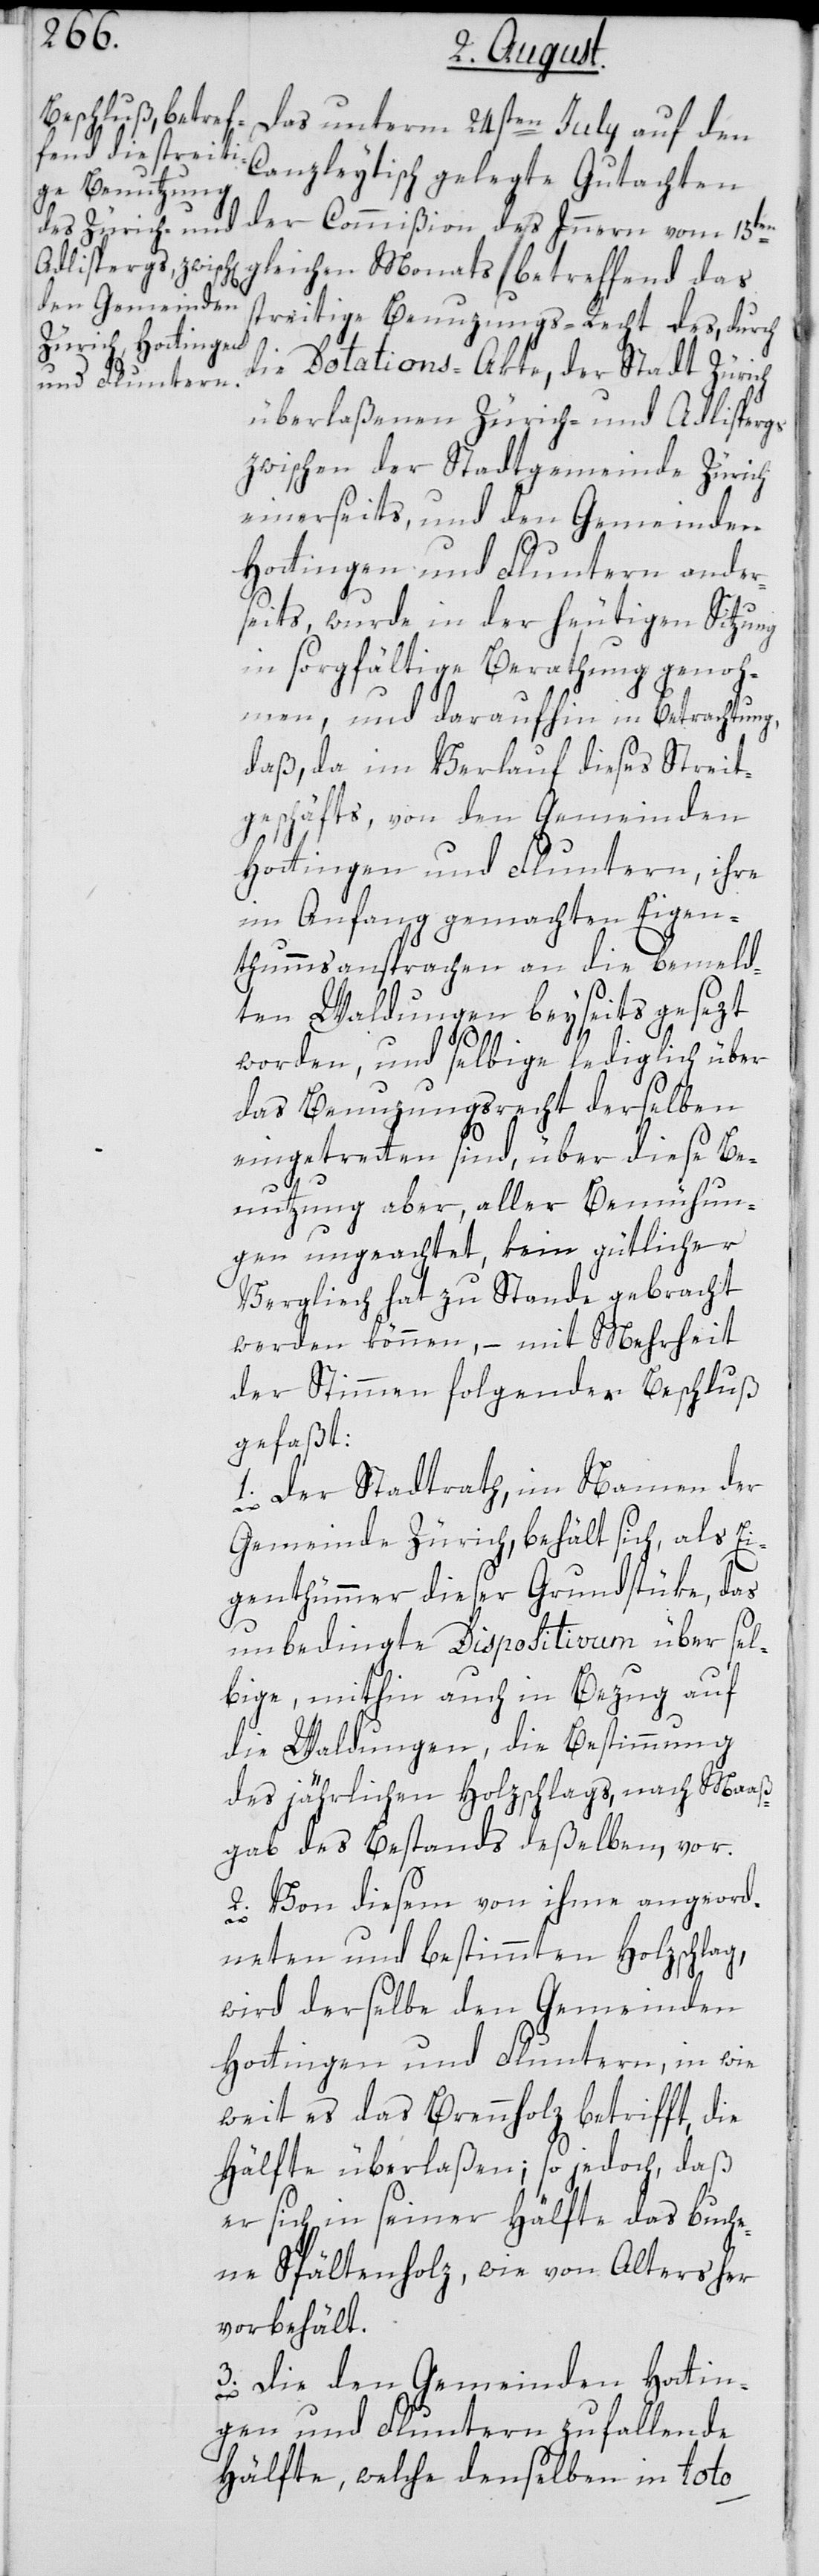
Das unterm 24sten July auf den
Canzleytisch gelegte Gutachten
der Commißion des Innern vom 15ten
gleichen Monats betreffend das
streitige Benuzungs-Recht des, durch
die Dotations-Akte, der Stadt Zürich
überlaßenen Zürich- und Adlispergs
zwischen der Stadtgemeinde Zürich
einerseits, und den Gemeinden
Hottingen und Fluntern ander¬
seits, wurde in der heutigen Sitzung
in sorgfältige Berathung genoh¬
men, und daraufhin in Betrachtung,
daß, da im Verlauf dieses Streit¬
geschäfts, von den Gemeinden
Hottingen und Fluntern, ihre
im Anfang gemachten Eigen¬
thummsansprachen an die bemeld¬
ten Waldungen beyseits gesezt
worden, und selbige lediglich über
das Benuzungsrecht derselben
eingetretten sind, über diese Be¬
nutzung aber, aller Bemühun¬
gen ungeachtet, kein gütlicher
Vergliech hat zu Stande gebracht
werden können, – mit Mehrheit
der Stimmen folgender Beschluß
gefaßt:
1. Der Stadtrath, im Namen der
Gemeinde Zürich, behält sich, als Ei¬
genthümmer dieser Grundstüke, das
unbedingte Dispositivum über sel¬
bige, mithin auch in Bezug auf
die Waldungen, die Bestimmung
des jährlichen Holzschlags, nach Maaß¬
gab des Bestands deßelben, vor.
2. Von diesem von ihme angeord¬
neten und bestimmten Holzschlag,
wird derselbe den Gemeinden
Hottingen und Fluntern, in wie
weit es das Brennholz betrifft, die
Hälfte überlaßen; so jedoch, daß
er sich in seiner Hälfte das buche¬
ne Spältenholz, wie von Alters her,
vorbehält.
3. Die den Gemeinden Hottin¬
gen und Fluntern zufallende
Hälfte, welche denselben in toto